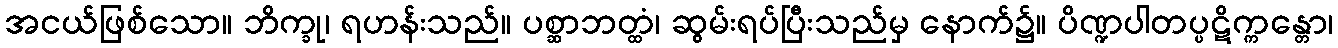
အငယ်ဖြစ်သော။ ဘိက္ခု၊ ရဟန်းသည်။ ပစ္ဆာဘတ္ထံ၊ ဆွမ်းရပ်ပြီးသည်မှ နောက်၌။ ပိဏ္ဍပါတပ္ပဋိက္ကန္တော၊